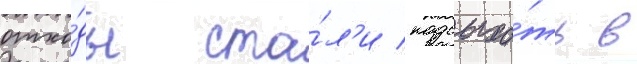
отхо́ды ста́л'и подсыха́ть в